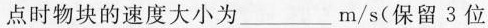
点时物块的速度大小为___m/s(保留3位